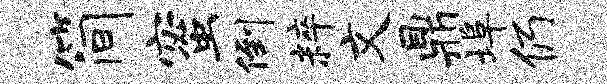
简蜜倒粹文鼎埠仍